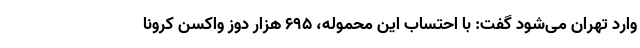
وارد تهران می‌شود گفت: با احتساب این محموله، 695 هزار دوز واکسن کرونا